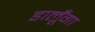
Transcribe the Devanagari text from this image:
डालूँगा